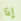
إذا